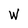
Character: W